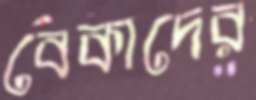
বেকাদের